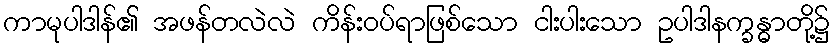
ကာမုပါဒါန်၏ အဖန်တလဲလဲ ကိန်းဝပ်ရာဖြစ်သော ငါးပါးသော ဥပါဒါနက္ခန္ဓာတို့၌